[Report on the health of British troops in the Madras command]
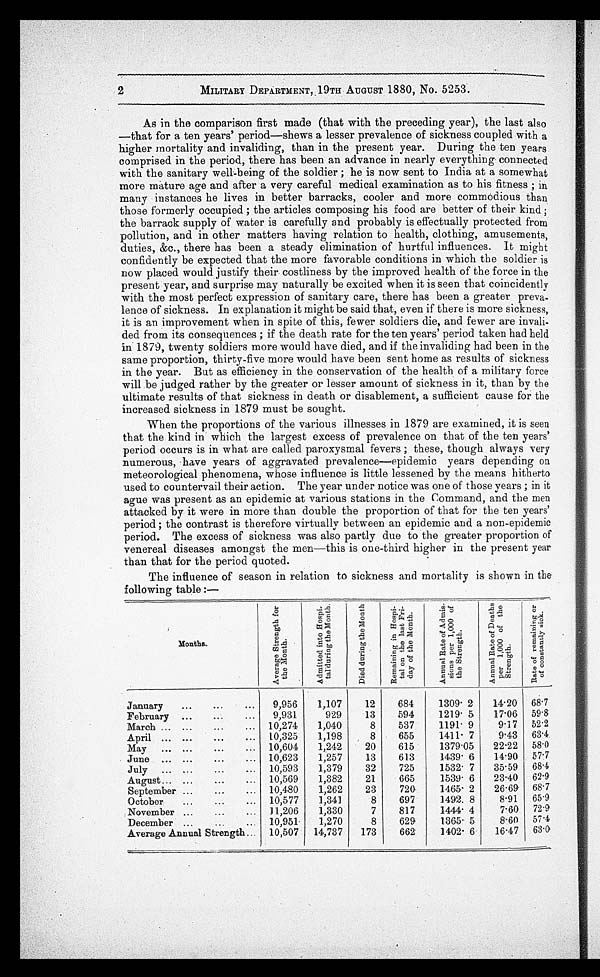
2
MILITARY DEPARTMENT, 19TH AUGUST 1880, No. 5253.
As in the comparison first made (that with the preceding year), the last also
—that for a ten years' period—shews a lesser prevalence of sickness coupled with a
higher mortality and invaliding, than in the present year. During the ten years
comprised in the period, there has been an advance in nearly everything connected
with the sanitary well-being of the soldier ; he is now sent to India at a somewhat
more mature age and after a very careful medical examination as to his fitness ; in
many instances he lives in better barracks, cooler and more commodious than
those formerly occupied ; the articles composing his food are better of their kind ;
the barrack supply of water is carefully and probably is effectually protected from
pollution, and in other matters having relation to health, clothing, amusements,
duties, &c., there has been a steady elimination of hurtful influences. It might
confidently be expected that the more favorable conditions in which the soldier is
now placed would justify their costliness by the improved health of the force in the
present year, and surprise may naturally be excited when it is seen that coincidently
with the most perfect expression of sanitary care, there has been a greater preva-
lence of sickness. In explanation it might be said that, even if there is more sickness,
it is an improvement when in spite of this, fewer soldiers die, and fewer are invali-
ded from its consequences ; if the death rate for the ten years' period taken had held
in 1879, twenty soldiers more would have died, and if the invaliding had been in the
same proportion, thirty-five more would have been sent home as results of sickness
in the year. But as efficiency in the conservation of the health of a military force
will be judged rather by the greater or lesser amount of sickness in it, than by the
ultimate results of that sickness in death or disablement, a sufficient cause for the
increased sickness in 1879 must be sought.
When the proportions of the various illnesses in 1879 are examined, it is seen
that the kind in which the largest excess of prevalence on that of the ten years'
period occurs is in what are called paroxysmal fevers ; these, though always very
numerous, have years of aggravated prevalence—epidemic years depending on
meteorological phenomena, whose influence is little lessened by the means hitherto
used to countervail their action. The year under notice was one of those years ; in it
ague was present as an epidemic at various stations in the Command, and the men
attacked by it were in more than double the proportion of that for the ten years'
period ; the contrast is therefore virtually between an epidemic and a non-epidemic
period. The excess of sickness was also partly due to the greater proportion of
venereal diseases amongst the men—this is one-third higher in the present year
than that for the period quoted.
The influence of season in relation to sickness and mortality is shown in the
following table :—
Months.
A v e r a g e S t r e n g t h f o r t h e M o n t h .
A d m i t t e d i n t o H o s p i - t a l d u r i n g t h e M o n t h
,
D i e d d u r i n g t h e m o n t h .
R e m a i n n i n g i n H o s p i - t a l o n t h e l a s t F r i - d a y o f t h e M o n t h .
A n n u a l R a t e o f A d m i s - s i o n s p e r 1 , 0 0 0 o f t h e S t r e n g t h .
A n n u a l R a t e o f D e a t h s p e r 1 , 0 0 0 o f t h e S t r e n g t h .
R a t e o f r e m a i n i n g o r o f c o n s t a n t l y s i c k .
January . . .
9,956
1,107
12
684
1309. 2
14.20
68.7
February . . .
9,931
929
13
594
1219.5
17.06
59.8
March . . .
10,274
1,040
8
537
1191. 9
9.17
52.2
April . . .
10,325
1,198
8
655
1411. 7
9.43
63.4
May . . .
10,604
1,242
20
615
1379.05
22.22
58.0
June . . .
10,623
1,257
13
613
1439. 6
14 . 90
57.7
July . . .
10,593
1,379
32
725
1532.7
35 . 59
68.4
August . . .
10,569
1,382
21
665
1539.6
23 . 40
62.9
September . . .
10,480
1,262
23
720
1465.2
26 . 69
68.7
October . . .
10,577
1,341
8
697
1492.8
8.91
65.9
November . . .
11,206
1,330
7
817
1444.4
7.60
72.9
December . . .
10,951
1,270
8
629
1365.5
8.60
57.4
Average Annual Strength
. . .
10,507
14,737
173
662
1402. 6
16 . 47
63.0